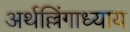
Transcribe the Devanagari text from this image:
अर्थल्लिंगाध्याय